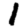
Digit: 1